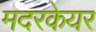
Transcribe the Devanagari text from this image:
मदरकेयर